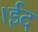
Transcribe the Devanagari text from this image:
।ईद